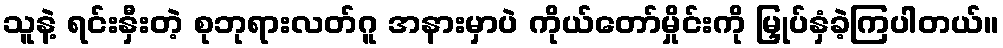
သူနဲ့ ရင်းနှီးတဲ့ စုဘုရားလတ်ဂူ အနားမှာပဲ ကိုယ်တော်မှိုင်းကို မြှုပ်နှံခဲ့ကြပါတယ်။